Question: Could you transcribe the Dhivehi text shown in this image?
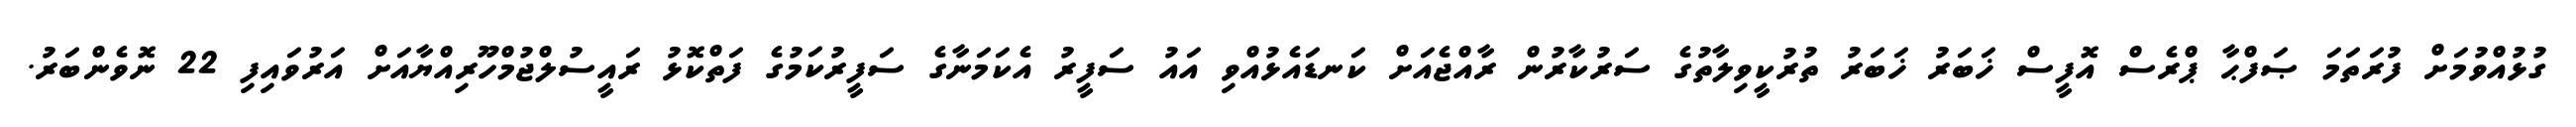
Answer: ގުޅުއްވުމަށް ފުރަތަމަ ޞަފްޙާ ޕްރެސް އޮފީސް ޚަބަރު ޚަބަރު ތުރުކީވިލާތުގެ ސަރުކާރުން ރާއްޖެއަށް ކަނޑައެޅުއްވި އައު ސަފީރު އެކަމަނާގެ ސަފީރުކަމުގެ ފަތްކޮޅު ރައީސުލްޖުމްހޫރިއްޔާއަށް އަރުވައިފި 22 ނޮވެންބަރު.